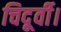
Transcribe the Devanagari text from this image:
चिदूर्वी।